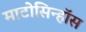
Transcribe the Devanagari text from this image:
माटोसिन्हॉस